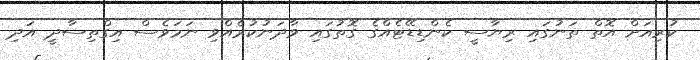
ކުރިއަށް އޮތް ތަނުގައި ރިޔާސީ ކެންޑިޑޭޓެއްގެ ގޮތުގައި ވާދަނުކުރެއްވި ނަމަވެސް އިގްތިސާދީ އަދި